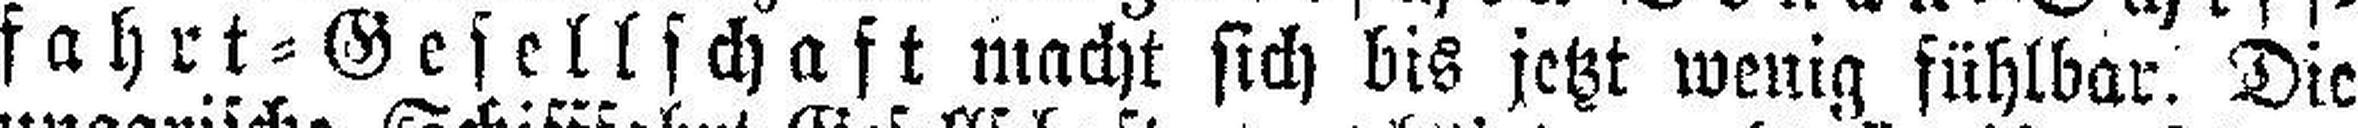
fahrt=Gesellschaft macht sich bis jetzt wenig fühlbar. Die